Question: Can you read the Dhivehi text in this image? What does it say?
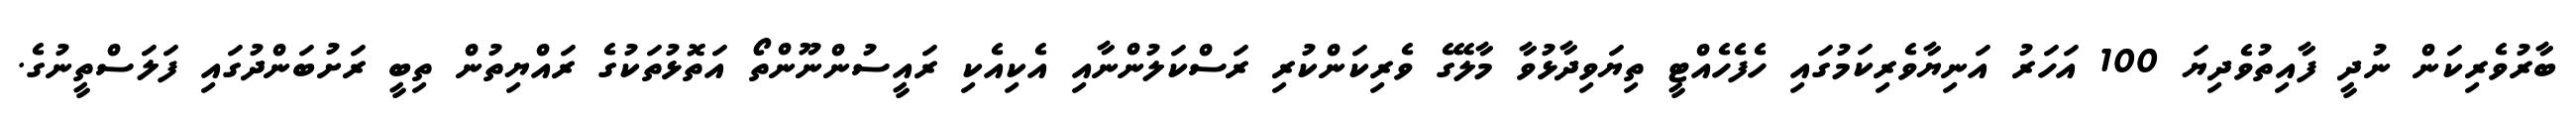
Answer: ބާރުވެރިކަން ނުދީ ފާއިތުވެދިޔަ 100 އަހަރު އަނިޔާވެރިކަމުގައި ހެފެހެއްޓީ ތިޔަވިދާޅުވާ މާލޭގެ ވެރިކަންކުރި ރަސްކަލުންނާއި އެކިއެކި ރައީސުންނޫންތޯ އަތޮޅުތަކުގެ ރައްޔިތުން ތިބީ ރަށުބަންދުގައި ފަލަސްތީނުގެ.